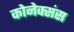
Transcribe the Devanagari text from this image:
कोनेक्संस